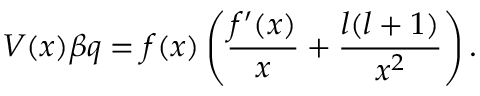
V ( x ) \beta q = f ( x ) \left( \frac { f ^ { \prime } ( x ) } { x } + \frac { l ( l + 1 ) } { x ^ { 2 } } \right) .